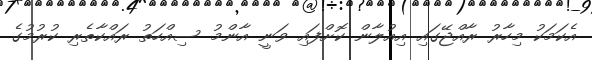
އެކަމަކު މިހާރު ރާއްޖޭގައި އިއުލާން ކޮށްފައި ވަނީ އާންމު ސިއްހަތު ރައްކާތެރި ކުރުމުގެ